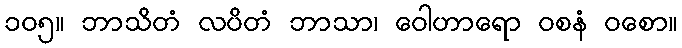
၁၀၅။ ဘာသိတံ လပိတံ ဘာသာ၊ ဝေါဟာရော ဝစနံ ဝစော။